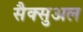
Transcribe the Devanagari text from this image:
सैक्सुअल